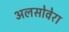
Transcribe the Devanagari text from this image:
अलसोवेरा